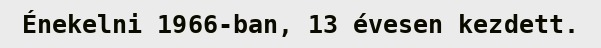
Énekelni 1966-ban, 13 évesen kezdett.